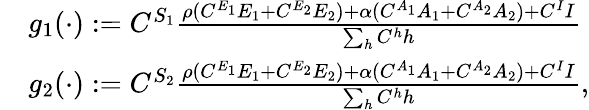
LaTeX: \begin{array}{rl}&{g_{1}(\cdot):=C^{S_{1}}\frac{\rho(C^{E_{1}}E_{1}+C^{E_{2}}E_{2})+\alpha(C^{A_{1}}A_{1}+C^{A_{2}}A_{2})+C^{I}I}{\sum_{h}C^{h}h}}\\ &{g_{2}(\cdot):=C^{S_{2}}\frac{\rho(C^{E_{1}}E_{1}+C^{E_{2}}E_{2})+\alpha(C^{A_{1}}A_{1}+C^{A_{2}}A_{2})+C^{I}I}{\sum_{h}C^{h}h},}\end{array}